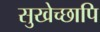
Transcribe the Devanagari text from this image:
सुखेच्छापि